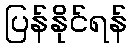
ပြန်နိုင်ရန်